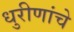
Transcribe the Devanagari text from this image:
धुरीणांचे